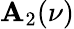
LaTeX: \mathbf{A}_{2}(\nu)